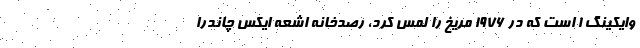
وایکینگ ۱ است که در ۱۹۷۶ مریخ را لمس کرد، رصدخانه اشعه ایکس چاندرا